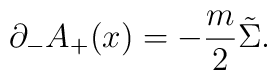
{\partial }_-A_+(x)=-\frac{m}{2}\tilde{\Sigma}.